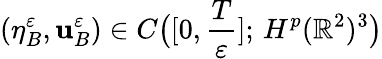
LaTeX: (\eta_{B}^{\varepsilon},\mathbf{u}_{B}^{\varepsilon})\in C\big([0,\frac{T}{\varepsilon}];\, H^{p}(\mathbb{R}^{2})^{3}\big)